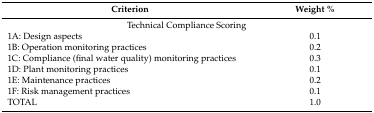
<table><thead><tr><td><b>Criterion</b></td><td><b>Weight %</b></td></tr></thead><tbody><tr><td colspan="2">Technical Compliance Scoring</td></tr><tr><td>1A: Design aspects</td><td>0.1</td></tr><tr><td>1B: Operation monitoring practices</td><td>0.2</td></tr><tr><td>1C: Compliance (final water quality) monitoring practices</td><td>0.3</td></tr><tr><td>1D: Plant monitoring practices</td><td>0.1</td></tr><tr><td>1E: Maintenance practices</td><td>0.2</td></tr><tr><td>1F: Risk management practices</td><td>0.1</td></tr><tr><td>TOTAL</td><td>1.0</td></tr></tbody></table>